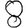
Digit: 8